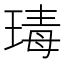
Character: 瑇